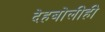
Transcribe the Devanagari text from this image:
देहबोलीही